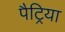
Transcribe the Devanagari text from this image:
पैट्रिया